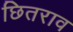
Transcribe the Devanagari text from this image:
छितराव